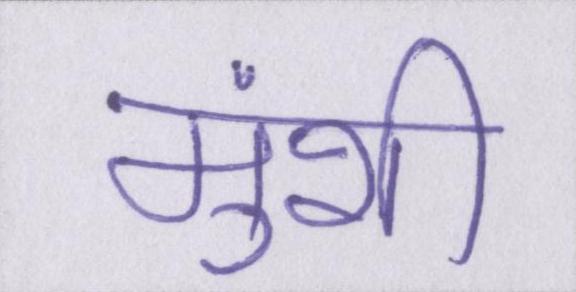
मुंशी